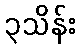
၃သိန်း